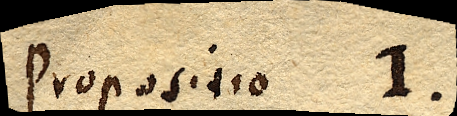
Propositio 1.